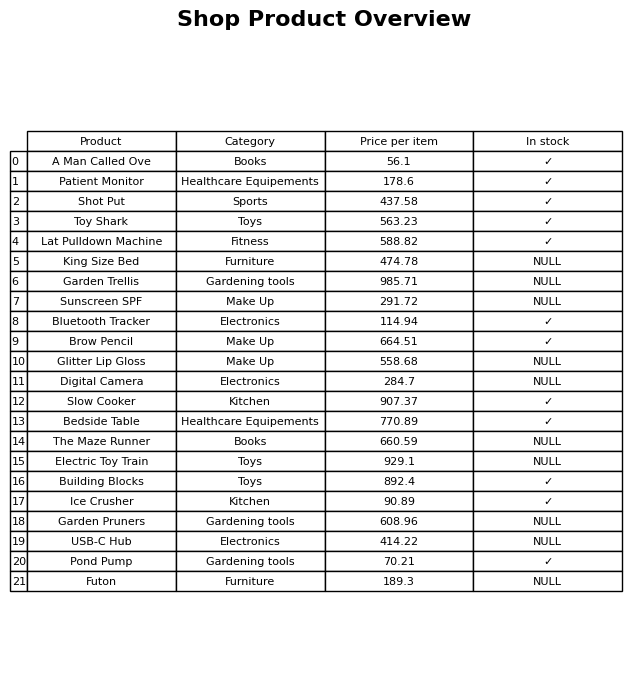
question: What is the price for The Maze Runner?
answer: The price of The Maze Runner is 660.59.